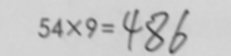
5 4 \times 9 = 4 8 6